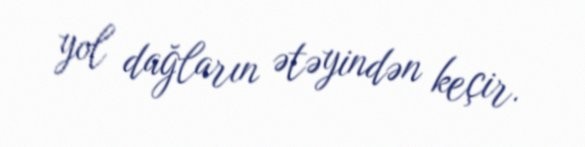
yol dağların ətəyindən keçir.